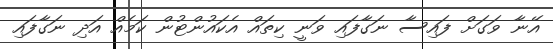
އޭނާ ވަގަށް ފައިސާ ނަގާފައި ވަނީ ކިތައް އެކައުންޓުން ކަމެއް އަދި ނަގާފައި